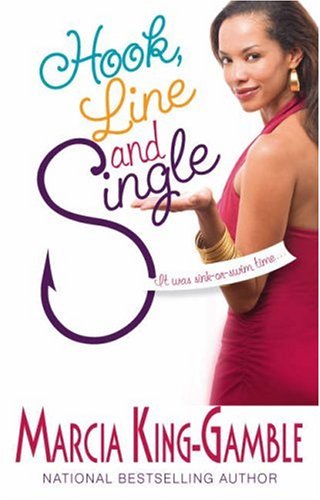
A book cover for Hook, Line And Single (Sepia); Marcia King-Gamble; Literature & Fiction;